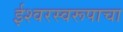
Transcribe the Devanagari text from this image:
ईश्वरस्वरूपाचा